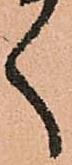
く